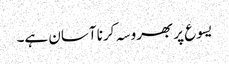
یسوع پر بھروسہ کرنا آسان ہے۔